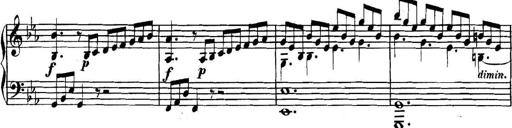
Title: Collected Piano Sonatas
Composer: Muzio Clementi